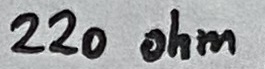
Text: 220 ohm